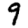
Digit: 9